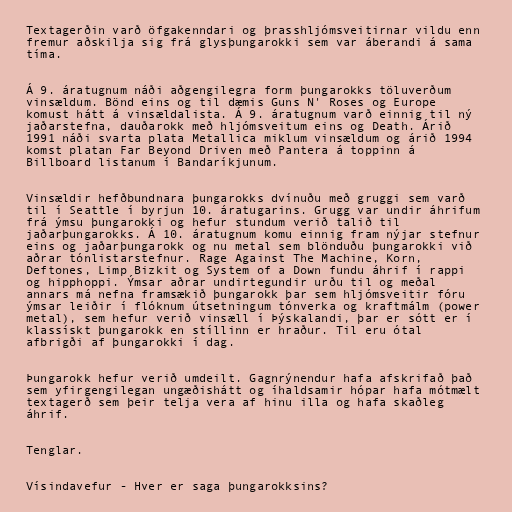
Textagerðin varð öfgakenndari og þrasshljómsveitirnar vildu enn
fremur aðskilja sig frá glysþungarokki sem var áberandi á sama
tíma.

Á 9. áratugnum náði aðgengilegra form þungarokks töluverðum
vinsældum. Bönd eins og til dæmis Guns N' Roses og Europe
komust hátt á vinsældalista. Á 9. áratugnum varð einnig til ný
jaðarstefna, dauðarokk með hljómsveitum eins og Death. Árið
1991 náði svarta plata Metallica miklum vinsældum og árið 1994
komst platan Far Beyond Driven með Pantera á toppinn á
Billboard listanum í Bandaríkjunum.

Vinsældir hefðbundnara þungarokks dvínuðu með gruggi sem varð
til í Seattle í byrjun 10. áratugarins. Grugg var undir áhrifum
frá ýmsu þungarokki og hefur stundum verið talið til
jaðarþungarokks. Á 10. áratugnum komu einnig fram nýjar stefnur
eins og jaðarþungarokk og nu metal sem blönduðu þungarokki við
aðrar tónlistarstefnur. Rage Against The Machine, Korn,
Deftones, Limp Bizkit og System of a Down fundu áhrif í rappi
og hipphoppi. Ýmsar aðrar undirtegundir urðu til og meðal
annars má nefna framsækið þungarokk þar sem hljómsveitir fóru
ýmsar leiðir í flóknum útsetningum tónverka og kraftmálm (power
metal), sem hefur verið vinsæll í Þýskalandi, þar er sótt er í
klassískt þungarokk en stíllinn er hraður. Til eru ótal
afbrigði af þungarokki í dag.

Þungarokk hefur verið umdeilt. Gagnrýnendur hafa afskrifað það
sem yfirgengilegan ungæðishátt og íhaldsamir hópar hafa mótmælt
textagerð sem þeir telja vera af hinu illa og hafa skaðleg
áhrif.

Tenglar.

Vísindavefur - Hver er saga þungarokksins?